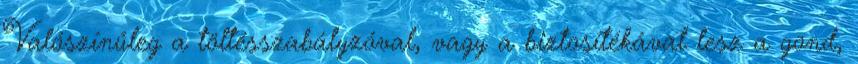
Valószínűleg a töltésszabályzóval, vagy a biztosítékával lesz a gond,